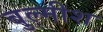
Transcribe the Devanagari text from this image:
बुल्मीश